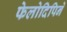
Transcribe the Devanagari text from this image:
फेलोदिपिने